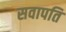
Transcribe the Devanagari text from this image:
सवापति